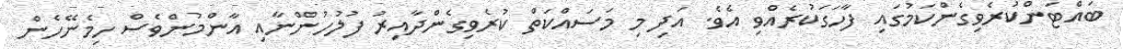
ބައްޓަންކުރެވިގެންކަމުގައި ފާހަގަކުރެއްވި އެވެ. އަދި މި މަސައްކަތް ކުރެވިގެންދާއިރު ފުލުހުންނާއި އާންމުންވެސް ހިމެނޭހެން